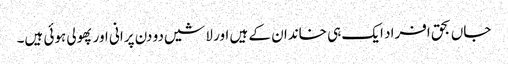
جاں بحق افراد ایک ہی خاندان کے ہیں اور لاشیں دو دن پرانی اور پھولی ہوئی ہیں۔